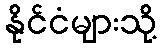
နိုင်ငံများသို့